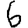
Digit: 6